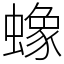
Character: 蟓